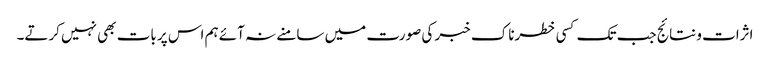
اثرات و نتائج جب تک کسی خطرناک خبر کی صورت میں سامنے نہ آئے ہم اس پر بات بھی نہیں کرتے۔